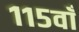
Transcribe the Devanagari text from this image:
११५वाँ